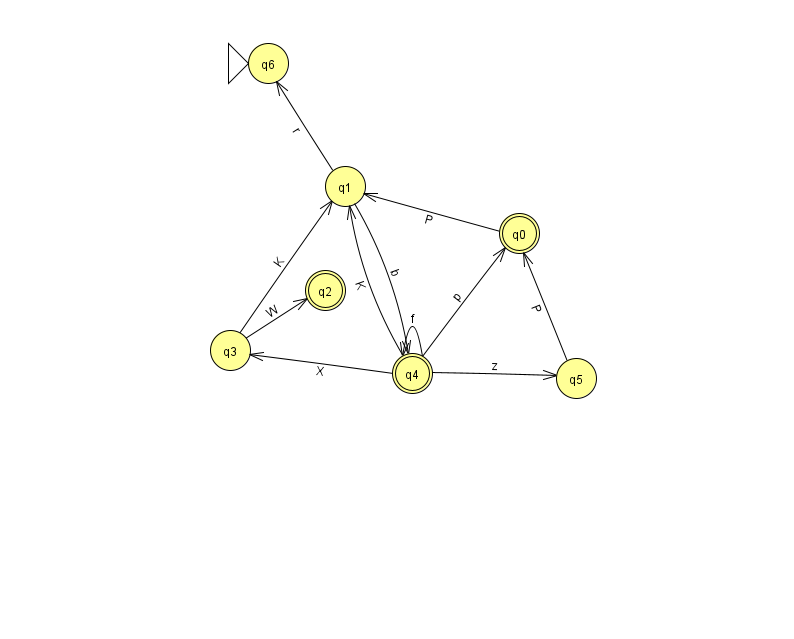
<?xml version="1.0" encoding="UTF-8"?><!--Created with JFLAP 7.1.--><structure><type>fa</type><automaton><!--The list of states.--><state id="0" name="q0"><x>519.0</x><y>220.0</y><final/></state><state id="1" name="q1"><x>345.0</x><y>173.0</y></state><state id="2" name="q2"><x>325.0</x><y>277.0</y><final/></state><state id="3" name="q3"><x>230.0</x><y>337.0</y></state><state id="4" name="q4"><x>412.0</x><y>360.0</y><final/></state><state id="5" name="q5"><x>576.0</x><y>365.0</y></state><state id="6" name="q6"><x>268.0</x><y>50.0</y><initial/></state><!--The list of transitions.--><transition><from>4</from><to>0</to><read>p</read></transition><transition><from>4</from><to>3</to><read>X</read></transition><transition><from>4</from><to>1</to><read>K</read></transition><transition><from>4</from><to>4</to><read>f</read></transition><transition><from>5</from><to>0</to><read>P</read></transition><transition><from>3</from><to>1</to><read>K</read></transition><transition><from>3</from><to>2</to><read>W</read></transition><transition><from>1</from><to>4</to><read>b</read></transition><transition><from>0</from><to>1</to><read>P</read></transition><transition><from>1</from><to>6</to><read>r</read></transition><transition><from>4</from><to>5</to><read>z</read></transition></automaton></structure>